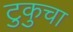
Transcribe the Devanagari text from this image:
टुकुचा